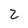
Character: Z